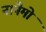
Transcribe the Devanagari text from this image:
नानैमो